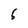
Character: 6